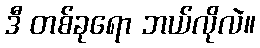
ဒီ တစ်ခုရော ဘယ်လိုလဲ။